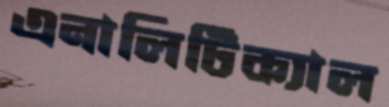
এনালিটিক্যাল